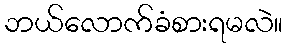
ဘယ်လောက်ခံစားရမလဲ။